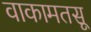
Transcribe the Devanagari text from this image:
वाकामतसू